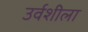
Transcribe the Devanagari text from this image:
उर्वशीला